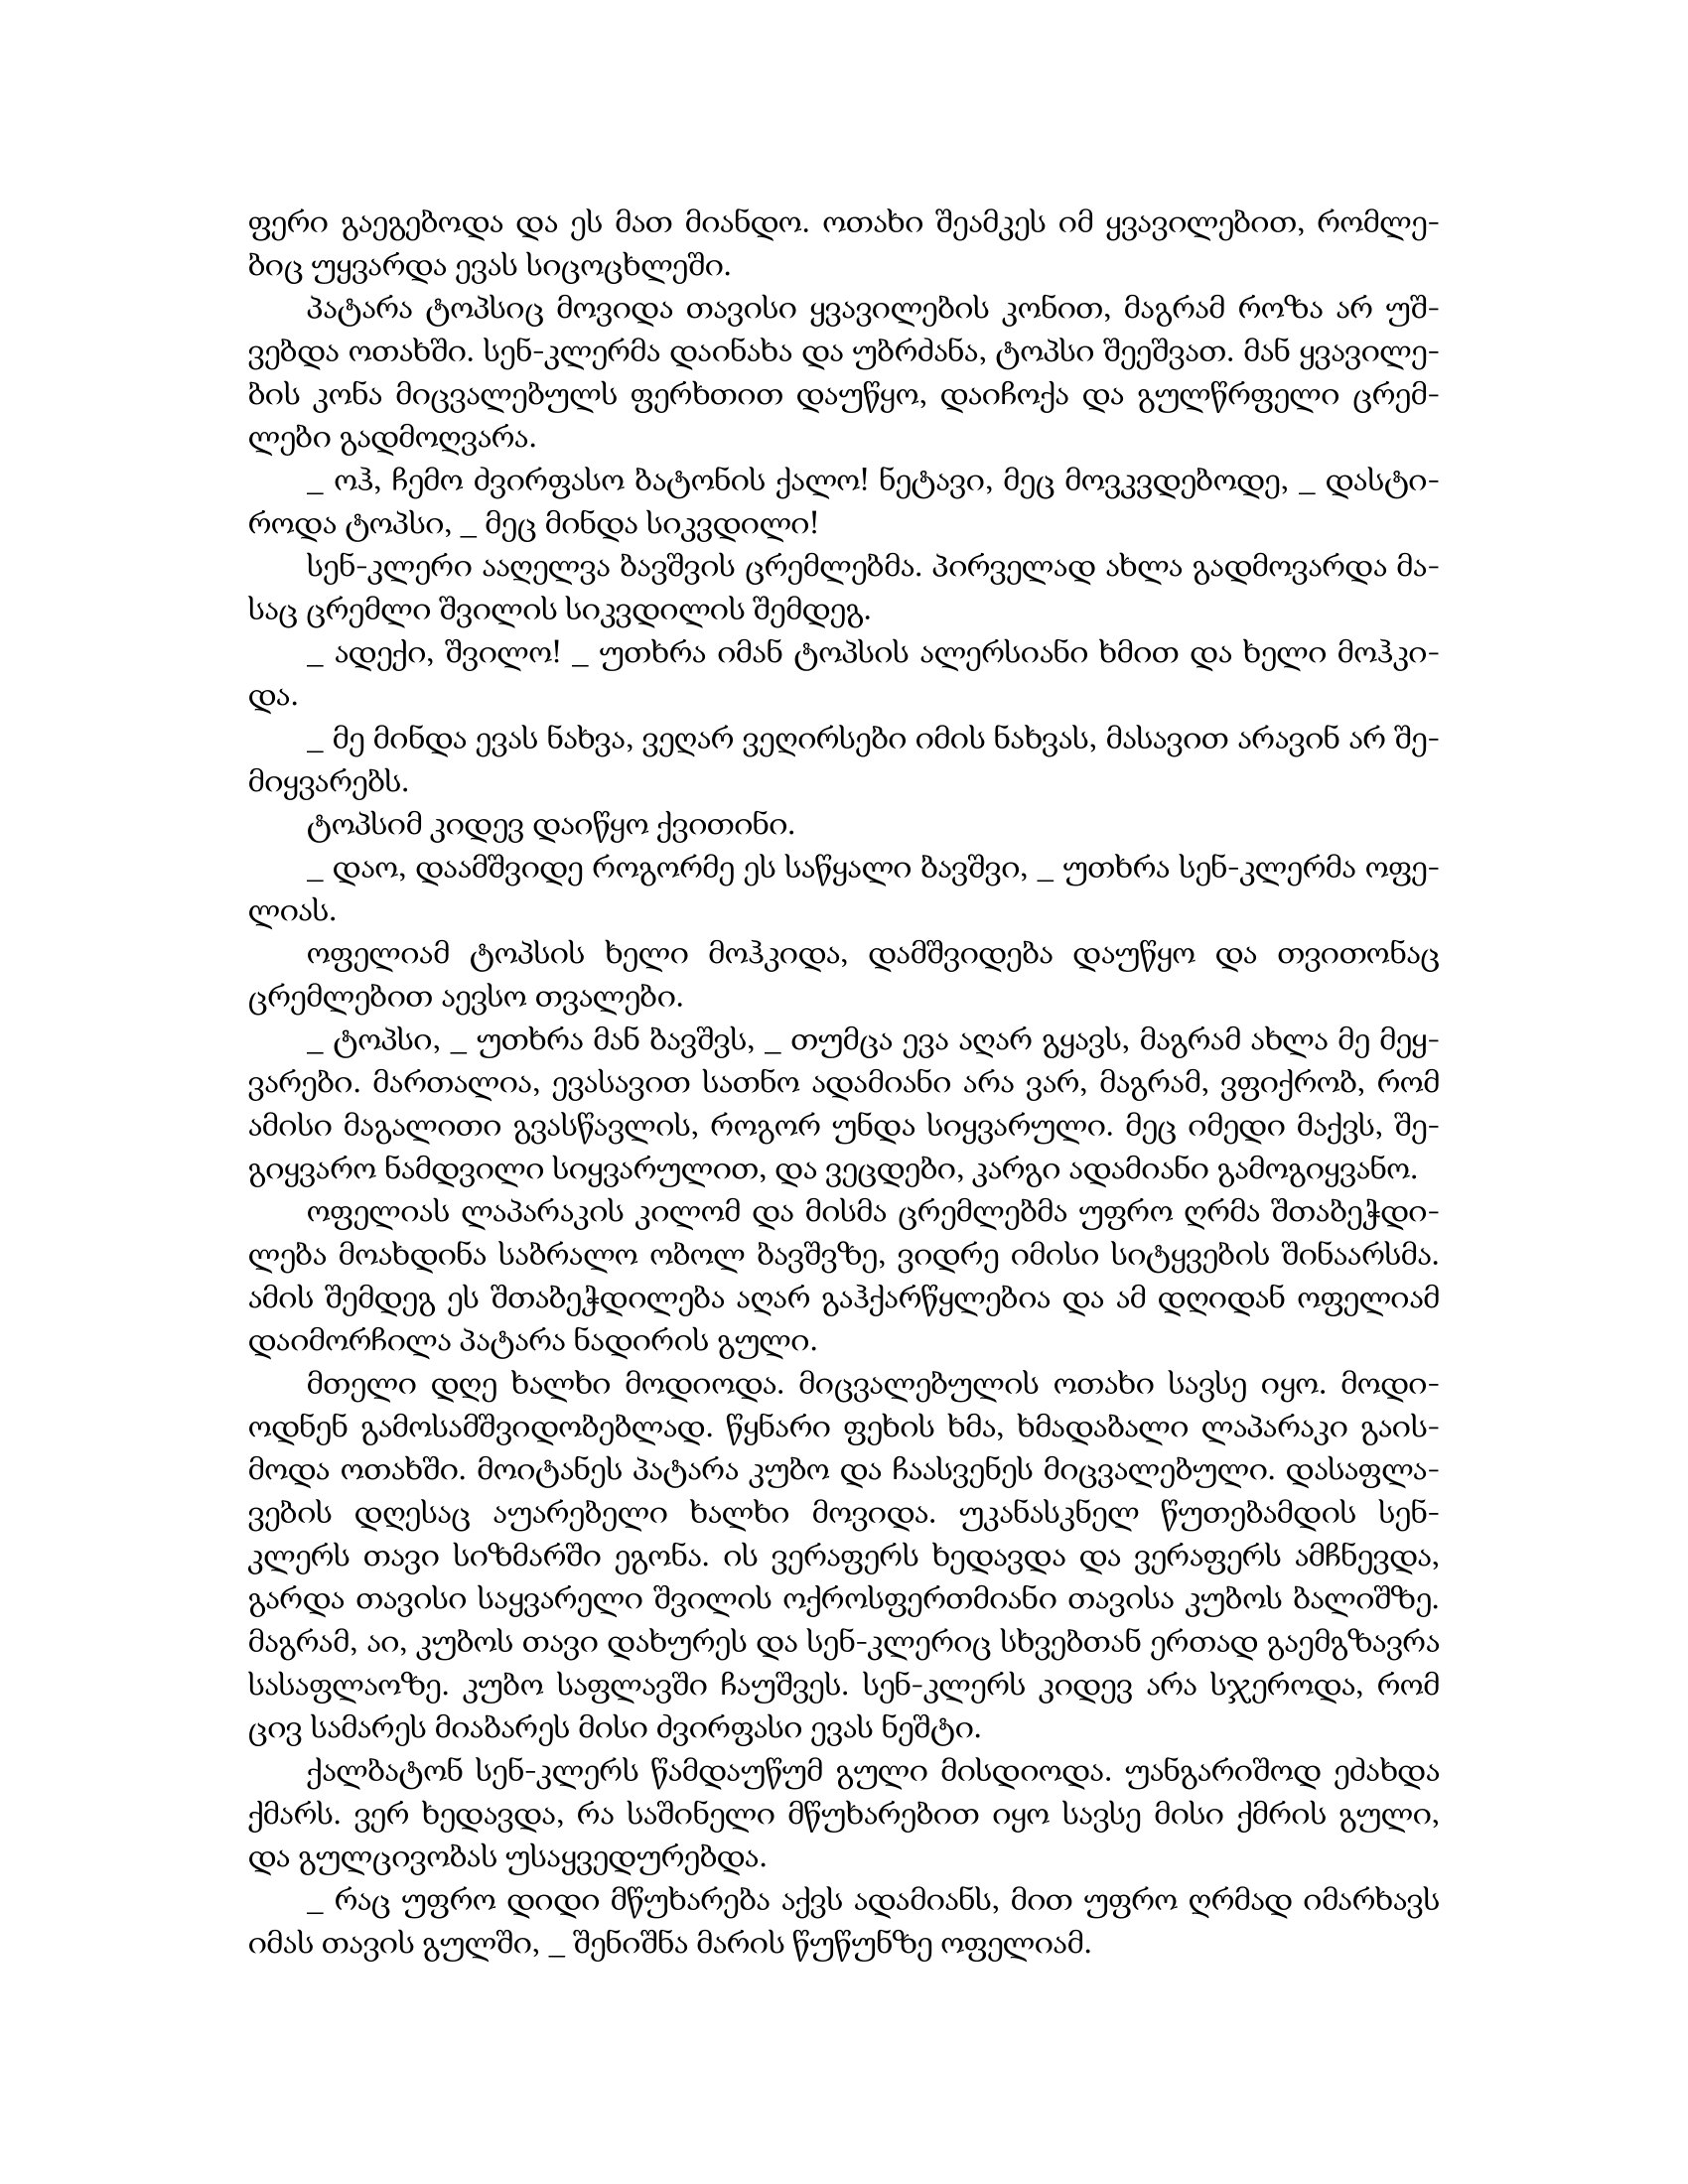
Language: gr